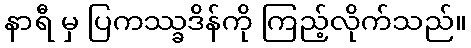
နာရီ မှ ပြကဿ္ခဒိန်ကို ကြည့်လိုက်သည်။